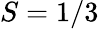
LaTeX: S=1/3